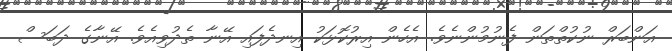
އަންބަރް ނުކުތްތަން ފެނުމުންނެވެ. އެހެން އިރުކޮޅަކު އިނދެފައި އޭނާ ތެދުވިއެވެ. އޭނާގެ ދަބަސް